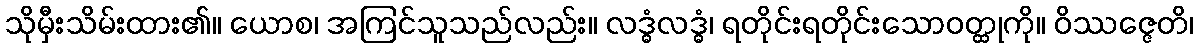
သိုမှီးသိမ်းထား၏။ ယောစ၊ အကြင်သူသည်လည်း။ လဒ္ဓံလဒ္ဓံ၊ ရတိုင်းရတိုင်းသောဝတ္ထုကို။ ဝိဿဇ္ဇေတိ၊